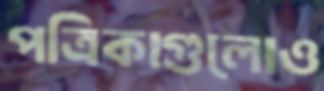
পত্রিকাগুলোও